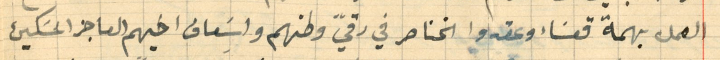
العمل بهمة قعسَاء وعقدوا الخناصر في رقيّ وطنهم واسَعاف اخيهم العاجز المسَكين